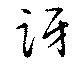
訝